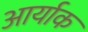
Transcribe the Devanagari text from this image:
आर्याक